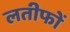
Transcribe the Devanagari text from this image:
लतीफों